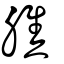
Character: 膲